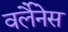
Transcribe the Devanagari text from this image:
वर्लैनेस